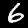
Label: 6